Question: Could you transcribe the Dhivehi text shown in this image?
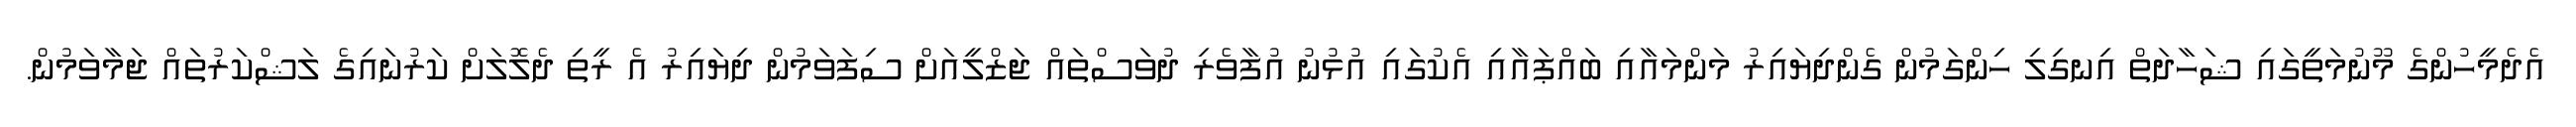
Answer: އެދެމީހުންގެ މޫނުމަތީގައި ޝަހާދަތް އިނގިލި ހިންގަމުން ގެންދިޔައިރު މަންމައާއި ބައްޕައާއި އެކުގައި އުޅުނު އުފާވެރި ދުވަސްތައް ޖަޒްލީއަށް ސިފަވަމުން ދިޔައިރު އެ ރީތި ދެލޮލަށް ކަރުނައިގެ ލަޝްކަރުތައް ޖަމާވަމުން.